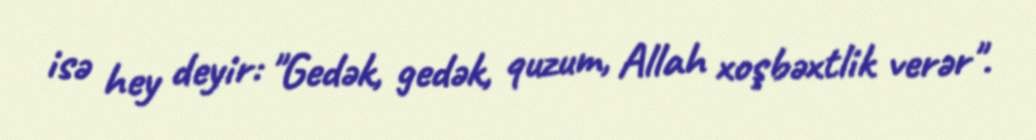
isə hey deyir: "Gedək, gedək, quzum, Allah xoşbəxtlik verər".